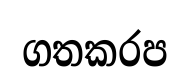
ගතකරප